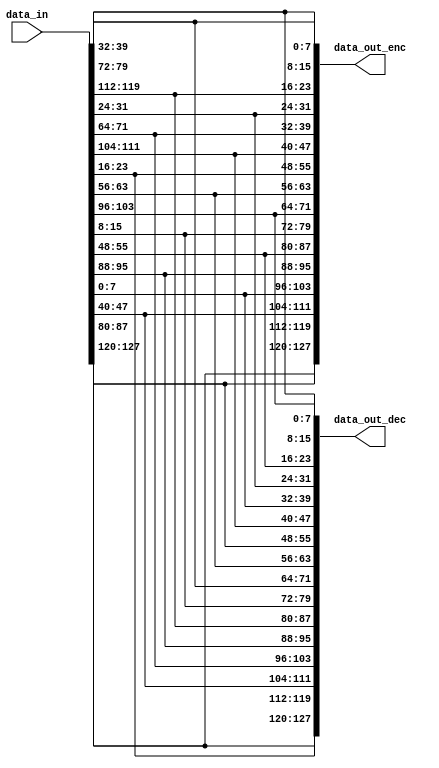
module shift_rows
(
	//OUTPUTS
	output [127 : 0] data_out_enc,  // Result after Shift Rows operation - enc
	output [127 : 0] data_out_dec,  // Result after Shift Rows operation - dec
	//INPUTS
	input  [127 : 0] data_in        // Input Bus
);

localparam integer BUS_WIDTH = 128;  // Bus Width
localparam integer ST_WORD   =   8;  // Data Size of word in State MAtrix
localparam integer ST_LINE   =   4;  // Number of Lines of State Matrix
localparam integer ST_COL    =   4;  // Number of Columns of State Matrix

wire [ST_WORD - 1 : 0] state[0 : ST_LINE - 1][0 : ST_COL - 1];
wire [ST_WORD - 1 : 0] state_sft_l[0 : ST_LINE - 1][0 : ST_COL - 1];
wire [ST_WORD - 1 : 0] state_sft_r[0 : ST_LINE - 1][0 : ST_COL - 1];

//=====================================================================================
// State Matrix generation
//=====================================================================================
generate
	genvar l,c;
	for(l = 0; l < ST_LINE; l = l + 1)
	begin:SMG
		for(c = 0; c < ST_COL; c = c + 1)
		begin:BLOCK
			assign state[l][c] = data_in[ST_WORD*((ST_COL - c)*ST_LINE - l) - 1 : ST_WORD*((ST_COL - c)*ST_LINE - l - 1)];
		end
	end
endgenerate

//=====================================================================================
// Shift Row operation
//=====================================================================================
generate
	genvar l1,c1;
	for(l1 = 0; l1 < ST_LINE; l1 = l1 + 1)
	begin:SRO
		for(c1 = 0; c1 < ST_COL; c1 = c1 + 1)
			begin:BLOCK
				assign state_sft_l[l1][c1] = state[l1][(c1 + l1)%ST_COL];
				assign state_sft_r[l1][c1] = state[l1][(c1 + (ST_COL - l1))%ST_COL];
			end
	end
endgenerate

//=====================================================================================
// State Matrix to Bus Output Transformation
//=====================================================================================
generate
	genvar l2,c2;
	for(l2 = 0; l2 < ST_LINE; l2 = l2 + 1)
	begin:SMBOT
		for(c2 = 0; c2 < ST_COL; c2 = c2 + 1)
			begin:BLOCK
				assign data_out_enc[ST_WORD*((ST_COL - c2)*ST_LINE - l2) - 1 : ST_WORD*((ST_COL - c2)*ST_LINE - l2 - 1)] = state_sft_l[l2][c2];
				assign data_out_dec[ST_WORD*((ST_COL - c2)*ST_LINE - l2) - 1 : ST_WORD*((ST_COL - c2)*ST_LINE - l2 - 1)] = state_sft_r[l2][c2];
			end
	end
endgenerate
endmodule